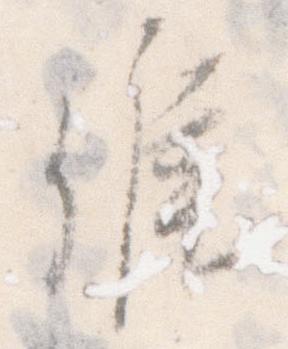
候